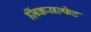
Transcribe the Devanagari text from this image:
ज़िंकसल्फेट